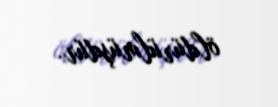
öldürülmüşdür.